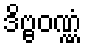
ဒိဗ္ဗဝဏ္ဏံ